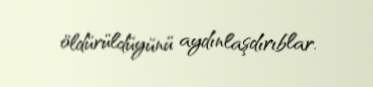
öldürüldüyünü aydınlaşdırıblar.